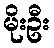
မိုးဦး